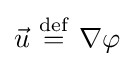
{\vec {u}}\ {\stackrel {\mathrm {def} }{=}}\ \nabla \varphi